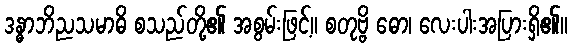
ဒန္ဓာဘိညသမာဓိ စသည်တို့၏ အစွမ်းဖြင့်။ စတုဗ္ဗိ ဓော၊ လေးပါးအပြားရှိ၏။